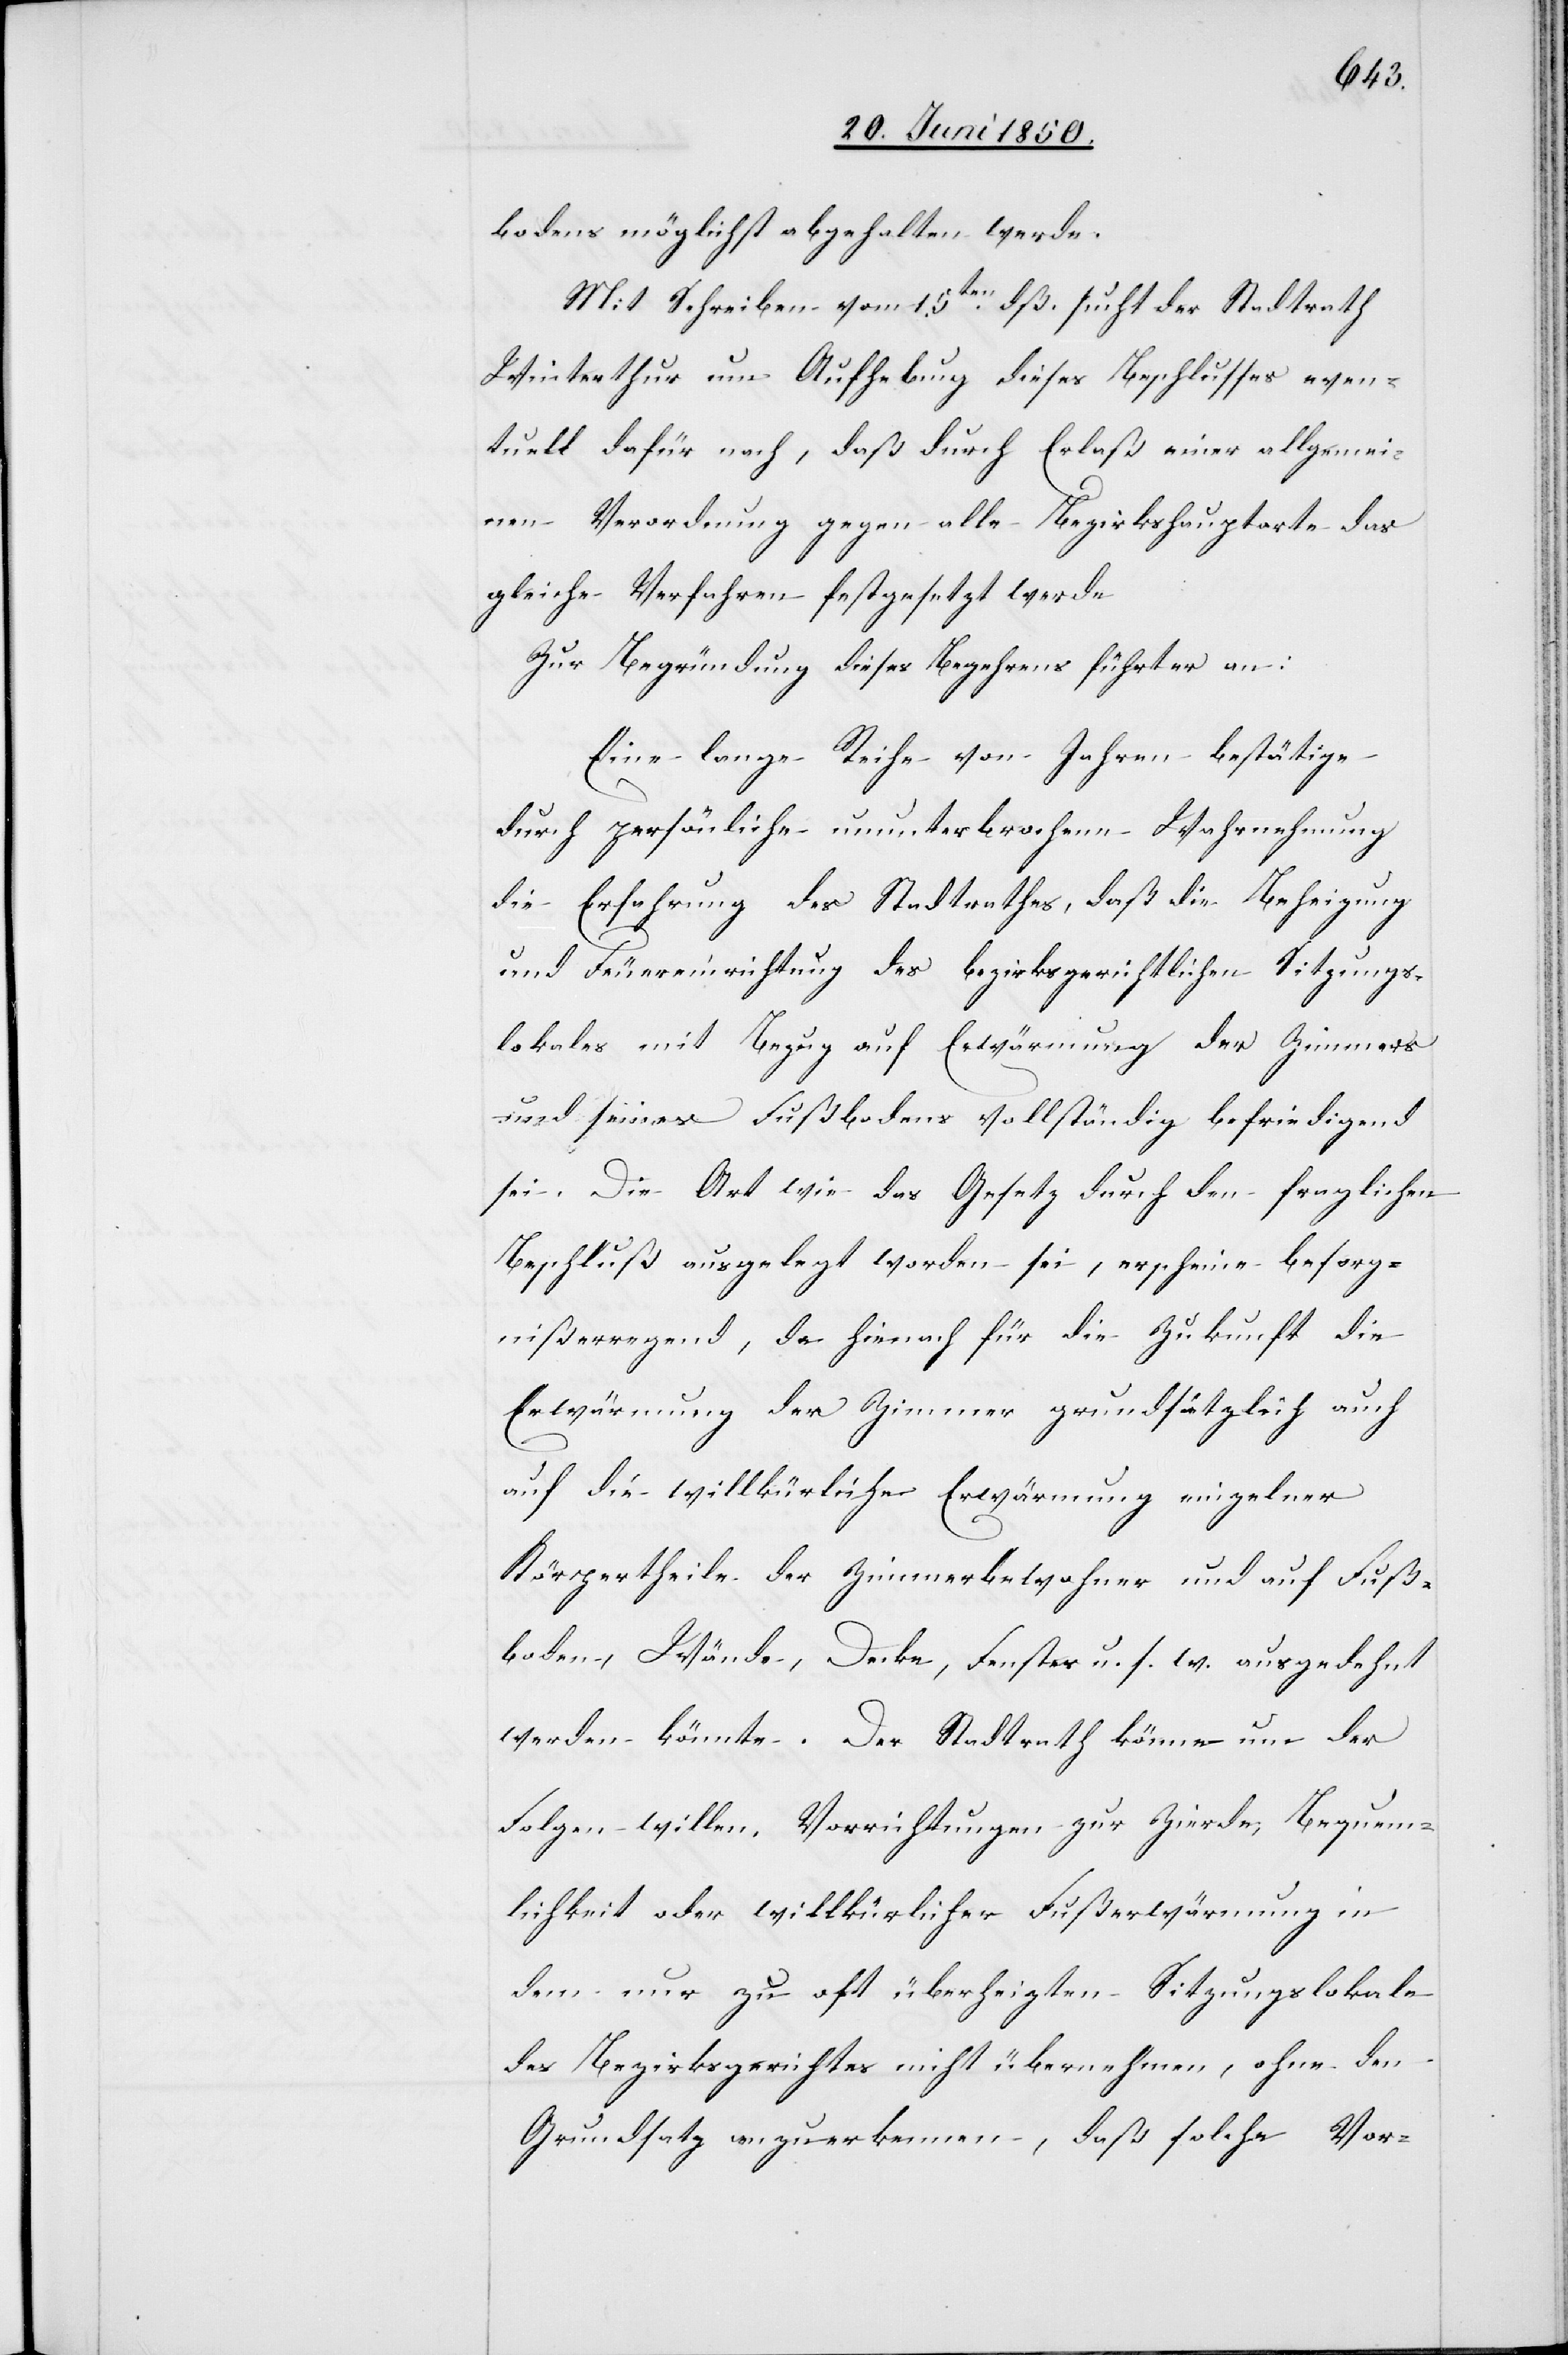
bodens möglichst abgehalten werde.
Mit Schreiben vom 15ten dß. sucht der Stadtrath
Winterthur um Aufhebung dieses Beschlusses even¬
tuell dafür nach, daß durch Erlaß einer allgemei¬
nen Verordnung gegen alle Bezirkshauptorte das
gleiche Verfahren festgesetzt werde
Zur Begründung dieses Begehren führt er an:
Eine lange Reihe von Jahren bestätige
durch persönliche ununterbrochene Wahrnehmung
die Erfahrung des Stadtrathes, daß die Beheizung
und Feuereinrichtung des bezirksgerichtlichen Sitzungs¬
lokales mit Bezug auf Erwärmung der [sic!]
und seines Fußbodens vollständig befriedigend
sei. Die Art wie das Gesetz durch den fraglichen
Beschluß ausgelegt worden sei, erscheine besorg¬
nißerregend, da hienach für die Zukunft die
Erwärmung der Zimmer grundsätzlich auch
auf die willkürliche Erwärmung einzelner
Körpertheile der Zimmerbewohner und auf Fuß¬
boden, Wände, Decke, Fenster u. s. w. ausgedehnt
werden könnte. Der Stadtrath könne um der
Folge willen, Vorrichtungen zur Zierde, Bequem¬
lichkeit oder willkürlicher Fußerwärmung in
dem nur zu oft überheizten Sitzungslokale
des Bezirksgerichtes nicht übernehmen, ohne den
Grundsatz anzuerkennen, daß solche Vor-